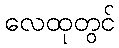
လေထုတွင်